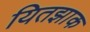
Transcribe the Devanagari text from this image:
यितझाक